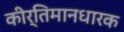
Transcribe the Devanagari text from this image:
कीर्तिमानधारक